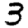
Digit: 3